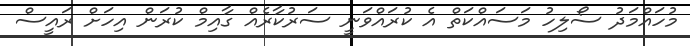
މުހައްމަދު ސޯލިހު މަސައްކަތް އެ ކުރައްވަނީ ސަރުކާރެއް ގާއިމް ކުރަން އިހަށް ރައީސް